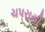
ચપરાસી